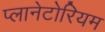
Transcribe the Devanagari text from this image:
प्लानेटोरियम